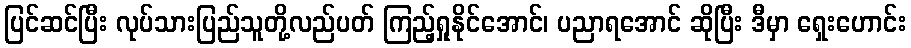
ပြင်ဆင်ပြီး လုပ်သားပြည်သူတို့လည်ပတ် ကြည့်ရှုနိုင်အောင်၊ ပညာရအောင် ဆိုပြီး ဒီမှာ ရှေးဟောင်း